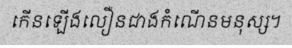
កើនឡើងលឿនជាងកំណើនមនុស្ស។